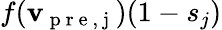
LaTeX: f(\mathbf{v}_{\mathrm{{~p~r~e~,~j~}}})(1-s_{j})